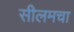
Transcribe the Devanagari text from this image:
सीलमचा